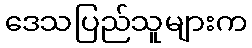
ဒေသပြည်သူများက